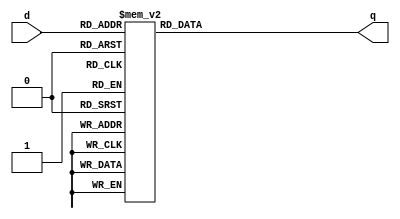
module _3_to_8_decoder(d, q);
	input[2:0] d;
	output reg[7:0] q;
	
	always @ (d)
		begin
			case(d)
				3'b000: q = 8'b0000_0001;
				3'b001: q = 8'b0000_0010;
				3'b010: q = 8'b0000_0100;
				3'b011: q = 8'b0000_1000;
				3'b100: q = 8'b0001_0000;
				3'b101: q = 8'b0010_0000;
				3'b110: q = 8'b0100_0000;
				3'b111: q = 8'b1000_0000;
				default : q = 8'bxxxx_xxxx;
			endcase 
		end 
	//invert 3bit binary encoding to 8bit one hot encoding
	
endmodule